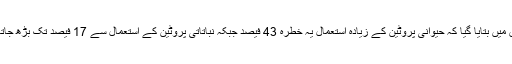
تحقیق میں بتایا گیا کہ حیوانی پروٹین کے زیادہ استعمال یہ خطرہ 43 فیصد جبکہ نباتاتی پروٹین کے استعمال سے 17 فیصد تک بڑھ جاتا ہے۔